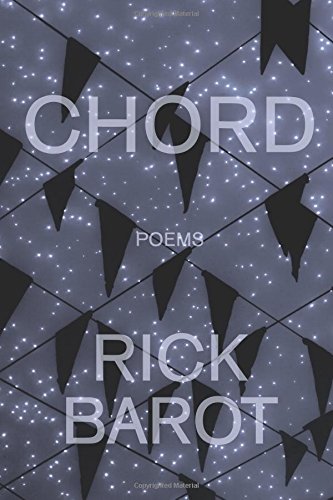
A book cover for Chord; Rick Barot; Gay & Lesbian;